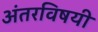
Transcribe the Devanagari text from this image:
अंतरविषयी